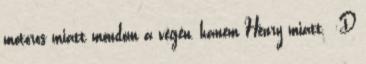
motoros miatt mondom a végén, hanem Henry miatt. :D